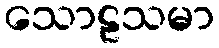
သောဠသမာ